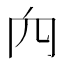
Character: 𥤢